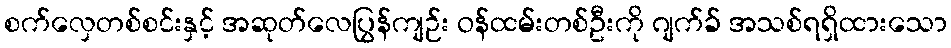
စက်လှေတစ်စင်းနှင့် အဆုတ်လေပြွန်ကျဉ်း ဝန်ထမ်းတစ်ဦးကို ဂျက်ခ် အသစ်ရရှိထားသော